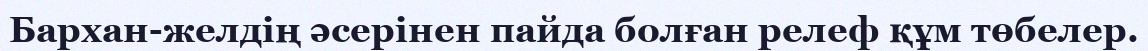
Бархан-желдің әсерінен пайда болған релеф құм төбелер.